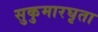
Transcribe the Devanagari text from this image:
सुकुमारघृता